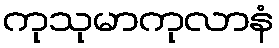
ကုသုမာကုလာနံ